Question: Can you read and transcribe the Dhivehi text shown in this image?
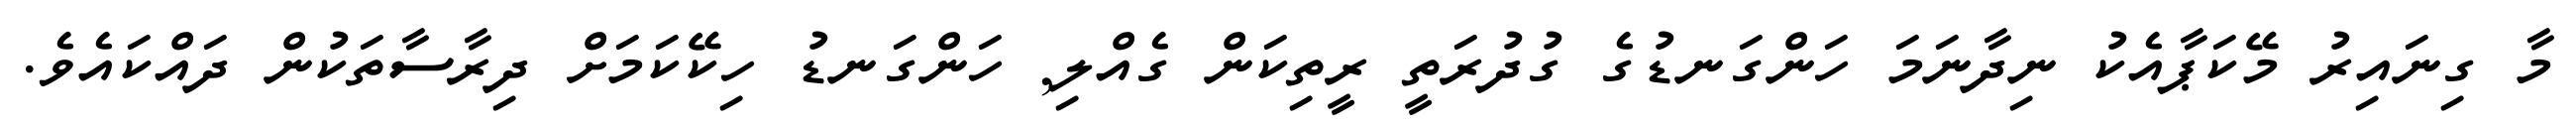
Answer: މާ ގިނައިރު މޭކަޕާއެކު ނިދާނަމަ ހަންގަނޑުގެ ގުދުރަތީ ރީތިކަން ގެއްލި, ހަންގަނޑު ހިކޭކަމަށް ދިރާސާތަކުން ދައްކައެވެ.